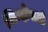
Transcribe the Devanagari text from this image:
जिन्दोवाली